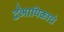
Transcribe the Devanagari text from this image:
द्वैभाषिकाचं